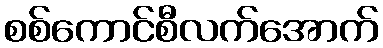
စစ်ကောင်စီလက်အောက်